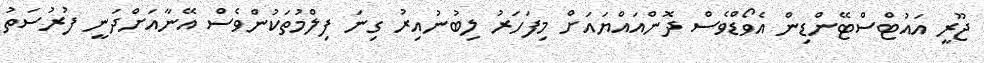
ޖޫރީ އައުޓްސްޓޭންޑިން އެވޯޑްވެސް ދޮންއައްޔައަށް މިފަހަރު ލިބުނުއިރު ގިނަ ފިލްމުތަކުންވެސް އޭނާއަށްދަނީ ފުރުސަތު